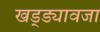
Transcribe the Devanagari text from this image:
खड्ड्यावजा